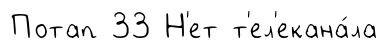
Потап 33 Н'ет т'ел'екана́ла